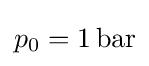
p_{0}=1\,\mathrm {bar}